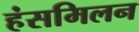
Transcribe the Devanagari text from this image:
हंसमिलन